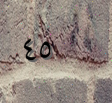
٤٥